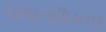
સમાનાધિકરણ